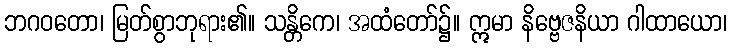
ဘဂဝတော၊ မြတ်စွာဘုရား၏။ သန္တိကေ၊ အထံတော်၌။ ဣမာ နိဗ္ဗေဇနိယာ ဂါထာယော၊